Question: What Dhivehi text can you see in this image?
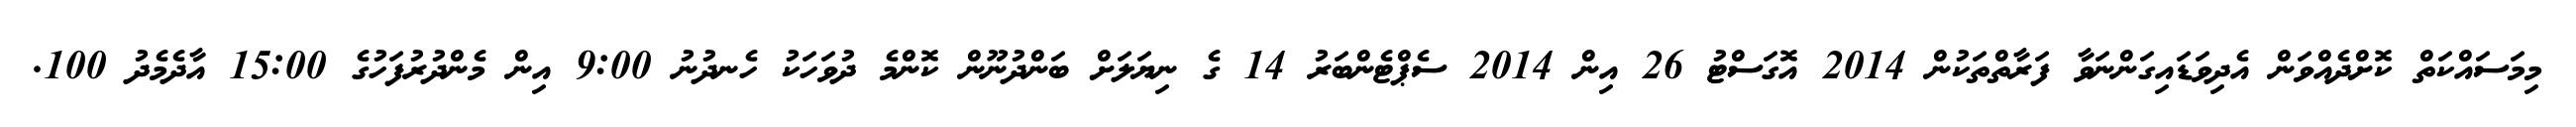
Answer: މިމަސައްކަތް ކޮށްދެއްވަން އެދިވަޑައިގަންނަވާ ފަރާތްތަކުން 2014 އޮގަސްޓު 26 އިން 2014 ސެޕްޓެންބަރު 14 ގެ ނިޔަލަށް ބަންދުނޫން ކޮންމެ ދުވަހަކު ހެނދުނު 9:00 އިން މެންދުރުފަހުގެ 15:00 އާދެމެދު 100.